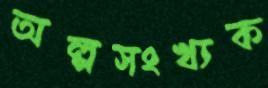
অল্পসংখ্যক